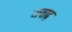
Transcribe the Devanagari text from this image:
जवाढ़